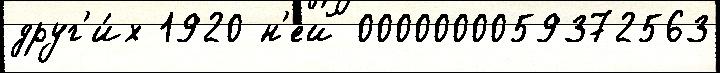
друг'и́х 1920 н'ей 0000000059372563